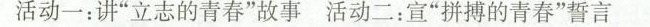
活动一:讲“立志的青春”故事活动二:宣“拼搏的青春”誓言